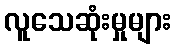
လူသေဆုံးမှုများ